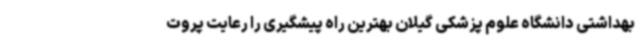
بهداشتی دانشگاه علوم پزشکی گیلان بهترین راه پیشگیری را رعایت پروت